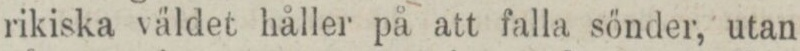
rikiska väldet håller på att falla sönder, utan